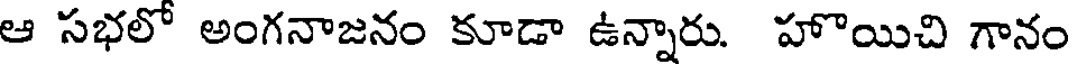
ఆ సభలో అంగనాజనం కూడా ఉన్నారు. హొయిచి గానం